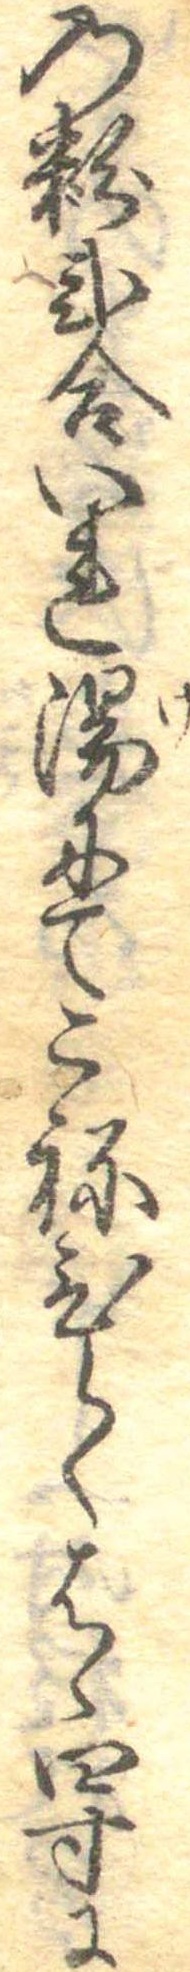
の粉弐合いれ湯にてこねひてはゝ四寸に